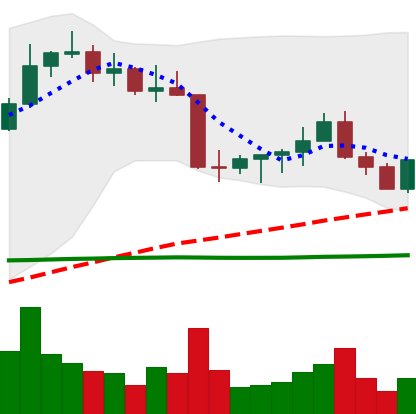
Ticker: ETC-USD
Chart end date: 2022-08-29
Forward return: -3.958%
Label: down_3_5